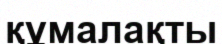
құмалақты